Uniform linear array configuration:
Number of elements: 64
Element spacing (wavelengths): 0.5
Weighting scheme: binomial
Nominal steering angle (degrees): -15
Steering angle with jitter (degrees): -16.195
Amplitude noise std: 0.05
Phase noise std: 0.05

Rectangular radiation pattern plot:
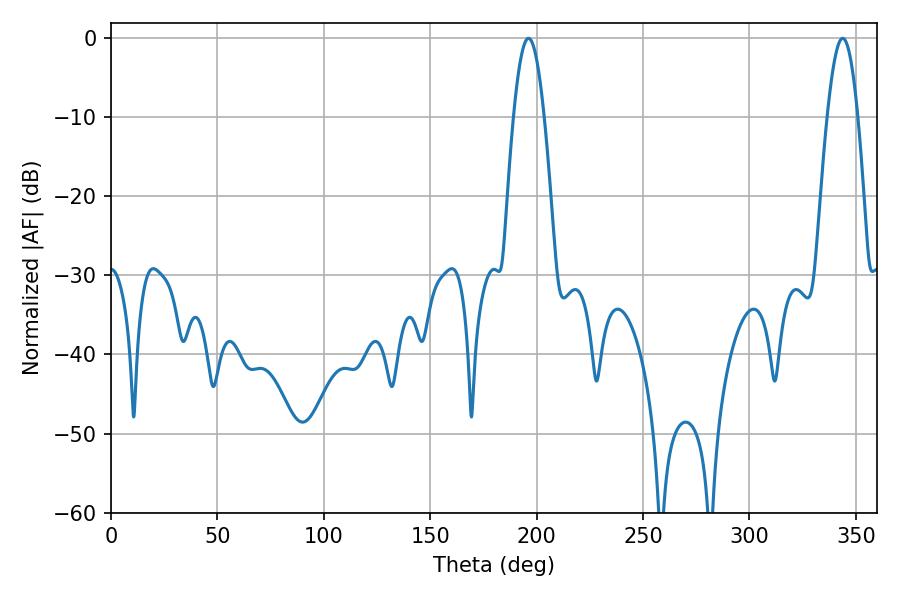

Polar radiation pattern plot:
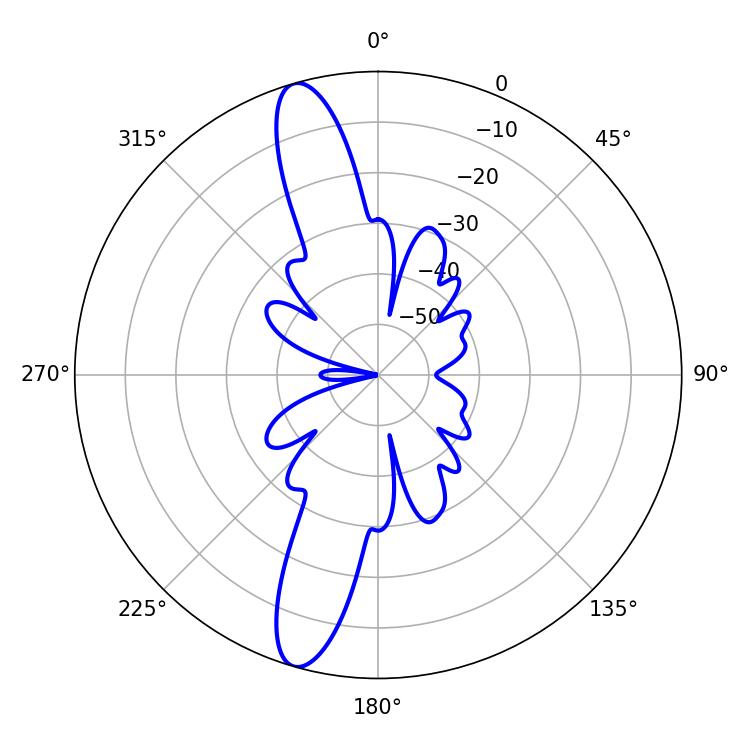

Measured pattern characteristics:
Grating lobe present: FALSE
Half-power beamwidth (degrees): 7.74
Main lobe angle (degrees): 196.2